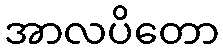
အာလပိတော